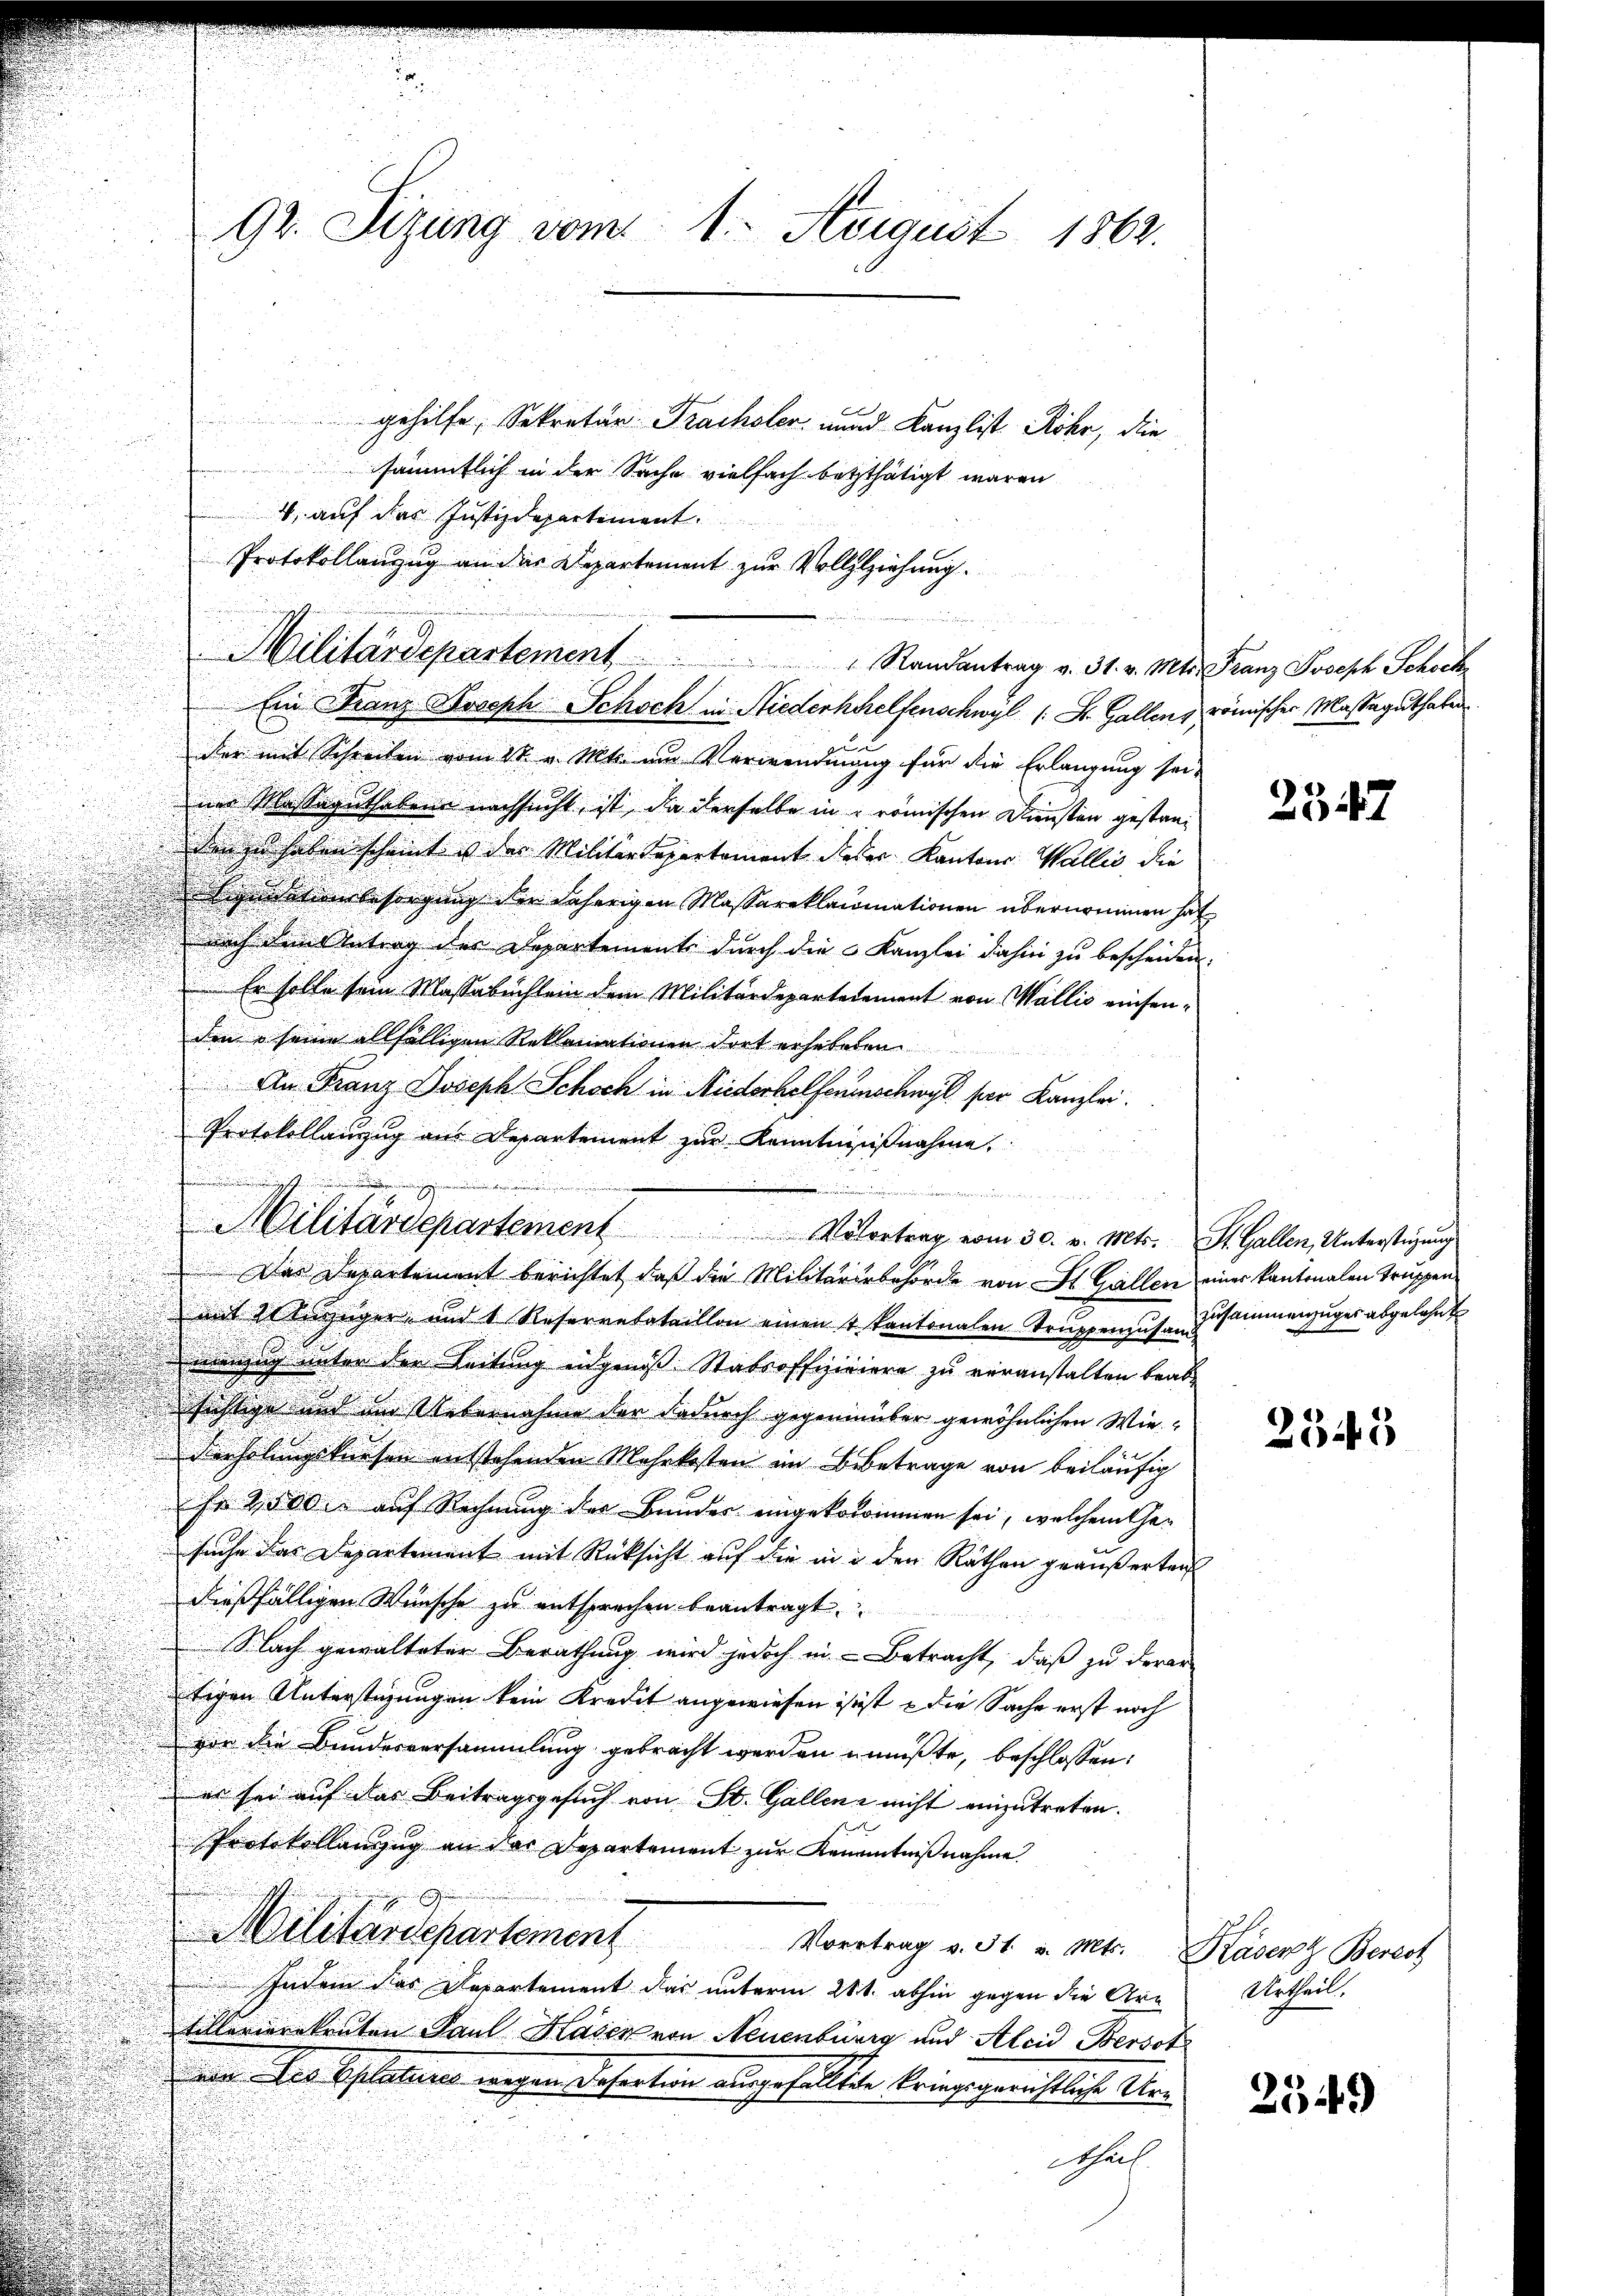
u
s

92. Sizung vom 1. August 1862.
gehilfe, Sekretär Frachsler, und Kanzlist Rohr, die
sämmtlich in der Sache vielfach setzthätigt waren

4. auf das Justizdepartement.
Protokollanzug an das Departement zur Vollzlziehung.
.

Militärdepartement

" Randantrag v. 31. v. Mts. Franz Joseph Schock

Ein Franz Joseph Schoch in Niederhhelfenschwyl (: St. Gallens römischen Massaguthaten
oder mit Schreiben vom 1t v. Mts. um Verwendung für die Erlangung sei-
ner Massaguthaben nachsucht, ist, da derselbe in römischen Diensten gestan¬
Der zu haben scheint u der Militärdepartement dieser Kantons Wallis, die
Liquidation besorgung der daherigen Massaroklamationen übernommen hat,
nach dem Antrag der Departements durch die Kanzlei dahin zu bescheiden.
Er solle sein Massabuchlein dem Militärdepartetement von Wallis einsenden & seine allfälligen Reklamationen dort erhebeten
 An Franz Joseph Schoch in Niederhelfenenschwil ser Kanzlei.
Protokollanzug aus Departement zur Kenntnißnahme.
t
Der Departement berichtet, daß die Militärärbehörde von St. Gallen einer kantonalen Truppen
mit inniger und 1 Reservatataillon einen 4 Kantonalen Truppenzusen Zusammenzuges abgelehnt
menzug unter der Leitung eingenoss Stabsoffiziriere zu veranstalten beab¬
Richtige und und Uebernahme der dadurch gegenüber gewöhnlichen Wiederholungsknesen entstehenden Mehrkosten im Betrage von beiläufig
Fr. 2500. auf Rechnung der Bundes eingekonommen sei, welchem Gesuche das Departement mit Rücksicht auf die in in den Räthen geäußerten
dießfälligen Wünsche zu entsprechen beantragt.
Nach gewalteter Berathung wird jedoch in Betracht, daß zu derar
tigen Unterstützungen kein Kredit angewiesen isst u die Sache erst noch
vor die Bundesversammlung gebracht werden müßte, beschlossen:
er sei auf das Beitragsgesuch von St. Gallen nicht einzutreten.
Protokollanzug an der Departement zur Kenntnißnahme
Militärdepartement Vortrag v. 31. v. Mt. Präsent Berech
Indem das Departement das unterm 28t. abhin gegen die Artillerierekruten Paul Hasen von Neuenburg und Alcid Bersst
ain des Eplatures wegen Desertein ausgefälltete kriegsgerichtliche Ur¬
Schrif

.
Militärdepartement Mitertrag vom 30. v. Mts. S. Gallen, Untersteigung

de                                den war werden einen

2547

2343

Urtheil.

2549)